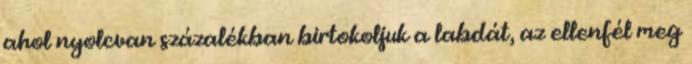
ahol nyolcvan százalékban birtokoljuk a labdát, az ellenfél meg